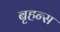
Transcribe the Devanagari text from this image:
बृहन्स